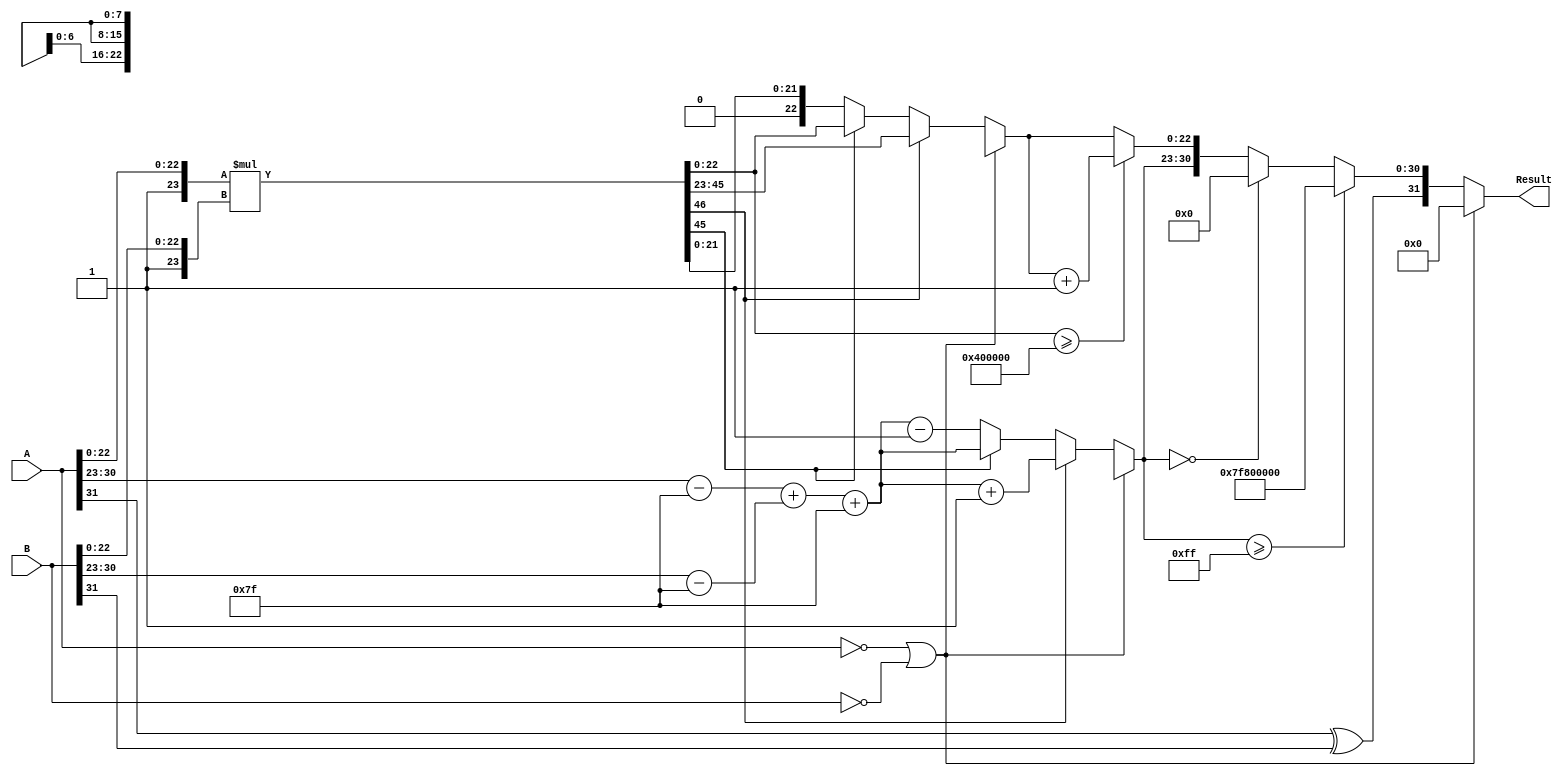
module fp_multiplier (
    input  wire [31:0] A, // First floating-point operand
    input  wire [31:0] B, // Second floating-point operand
    output reg  [31:0] Result // Product of the two floating-point operands
);

    // Constants
    localparam BIAS = 8'd127;
    localparam EXPONENT_WIDTH = 8;
    localparam MANTISSA_WIDTH = 23;

    // Internal signals
    wire signA = A[31];
    wire signB = B[31];
    wire [EXPONENT_WIDTH-1:0] expA = A[30:23];
    wire [EXPONENT_WIDTH-1:0] expB = B[30:23];
    wire [MANTISSA_WIDTH-1:0] mantA = A[22:0];
    wire [MANTISSA_WIDTH-1:0] mantB = B[22:0];
    
    wire [MANTISSA_WIDTH:0] normMantA = {1'b1, mantA}; // Add implicit leading 1
    wire [MANTISSA_WIDTH:0] normMantB = {1'b1, mantB}; // Add implicit leading 1
    wire [MANTISSA_WIDTH*2:0] mantProduct = normMantA * normMantB; // 46-bit product

    wire [EXPONENT_WIDTH-1:0] expA_adjusted = expA - BIAS;
    wire [EXPONENT_WIDTH-1:0] expB_adjusted = expB - BIAS;
    wire [EXPONENT_WIDTH:0] expResult = expA_adjusted + expB_adjusted + BIAS; // Adjusted exponent

    // Result sign
    wire result_sign = signA ^ signB;

    // Normalization and rounding logic
    reg [MANTISSA_WIDTH-1:0] mantResult;
    reg [EXPONENT_WIDTH-1:0] final_exponent;
    reg overflow, underflow, is_zero;

    always @* begin
        // Default values
        mantResult = 0;
        final_exponent = 0;
        overflow = 0;
        underflow = 0;
        is_zero = (A == 32'b0) || (B == 32'b0);

        if (is_zero) begin
            Result = 32'b0; // Handle zero multiplication
        end else begin
            // Check for normalization
            if (mantProduct[MANTISSA_WIDTH*2]) begin // If product is >= 2
                mantResult = mantProduct[MANTISSA_WIDTH*2-1:MANTISSA_WIDTH]; // Shift right
                final_exponent = expResult + 1; // Increment exponent
            end else if (mantProduct[MANTISSA_WIDTH*2-1]) begin // If product is normalized
                mantResult = mantProduct[MANTISSA_WIDTH-1:0];
                final_exponent = expResult;
            end else begin // If product is < 1
                mantResult = mantProduct[MANTISSA_WIDTH-2:0]; // Shift left
                final_exponent = expResult - 1; // Decrement exponent
            end

            // Check for overflow and underflow
            if (final_exponent >= (1 << EXPONENT_WIDTH) - 1) begin
                overflow = 1;
                Result = {result_sign, 8'b11111111, 23'b0}; // Set to infinity
            end else if (final_exponent == 0) begin
                underflow = 1;
                Result = {result_sign, 8'b0, 23'b0}; // Set to zero
            end else begin
                // Round mantissa to nearest even
                if (mantProduct[MANTISSA_WIDTH-1:0] >= (1 << (MANTISSA_WIDTH-1))) begin
                    mantResult = mantResult + 1; // Round up
                end
                Result = {result_sign, final_exponent[EXPONENT_WIDTH-1:0], mantResult};
            end
        end
    end
endmodule